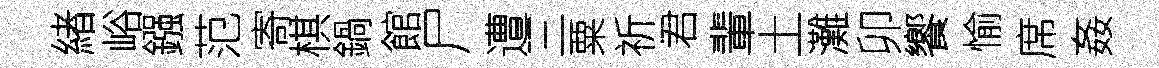
緖峪鏹范寄棋鍋館尸遭三粟祈君輩土灘卯饗愉席姦